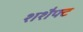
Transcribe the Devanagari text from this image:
शशैफ्ट